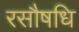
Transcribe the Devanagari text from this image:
रसौषधि